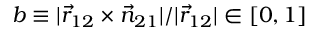
b \equiv | \vec { r } _ { 1 2 } \times \vec { n } _ { 2 1 } | / | \vec { r } _ { 1 2 } | \in [ 0 , 1 ]